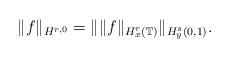
LaTeX: \begin{align*}\|f\|_{H^{r,0}}=\|\|f\|_{H^r_x(\mathbb{T})}\|_{H^s_y(0,1)}.\end{align*}